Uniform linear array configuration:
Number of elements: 24
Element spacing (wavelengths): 1
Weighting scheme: uniform
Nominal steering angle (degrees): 0
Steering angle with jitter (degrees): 1.344
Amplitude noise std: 0.05
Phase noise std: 0.05

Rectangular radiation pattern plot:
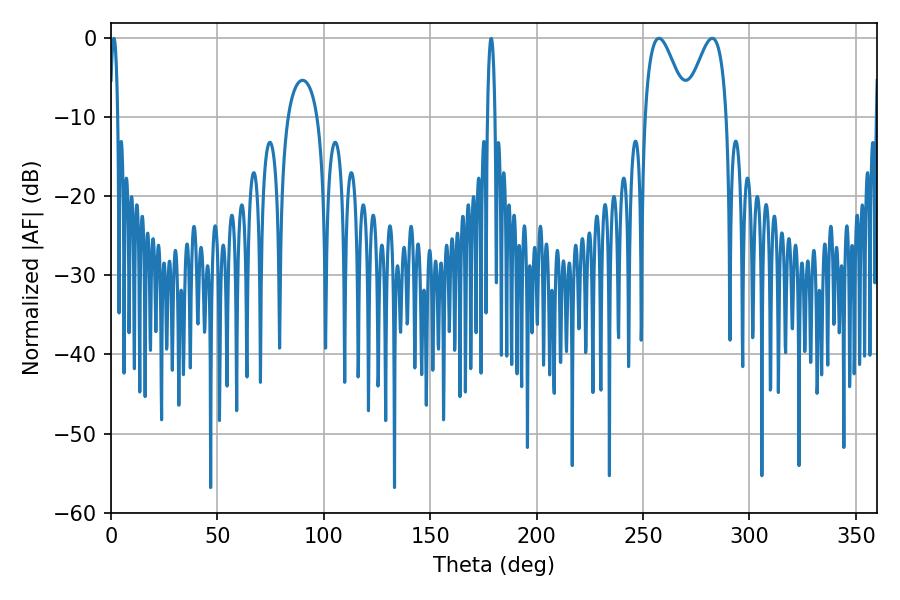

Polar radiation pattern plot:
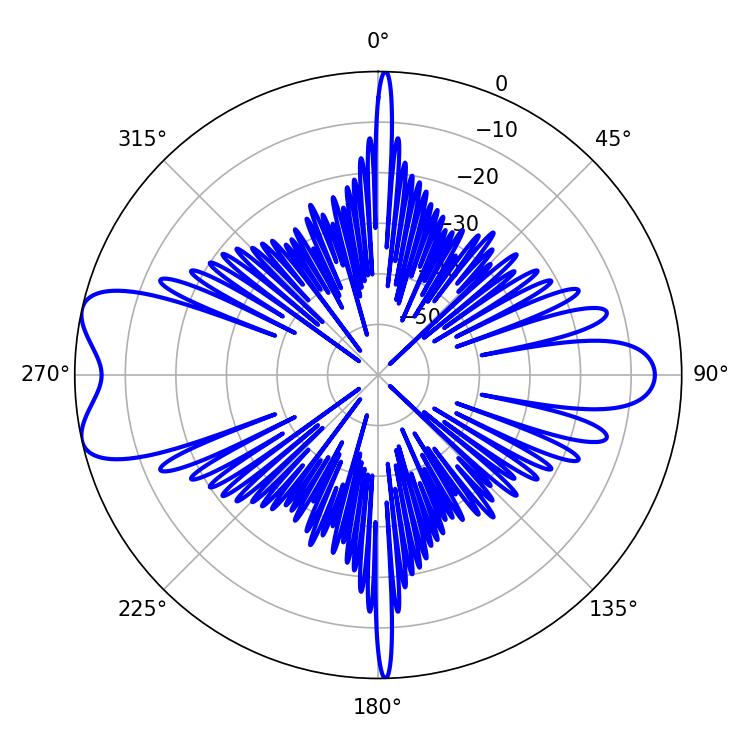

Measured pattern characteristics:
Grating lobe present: TRUE
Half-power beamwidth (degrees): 10.62
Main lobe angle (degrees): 257.4